Report of the Bombay Veterinary College
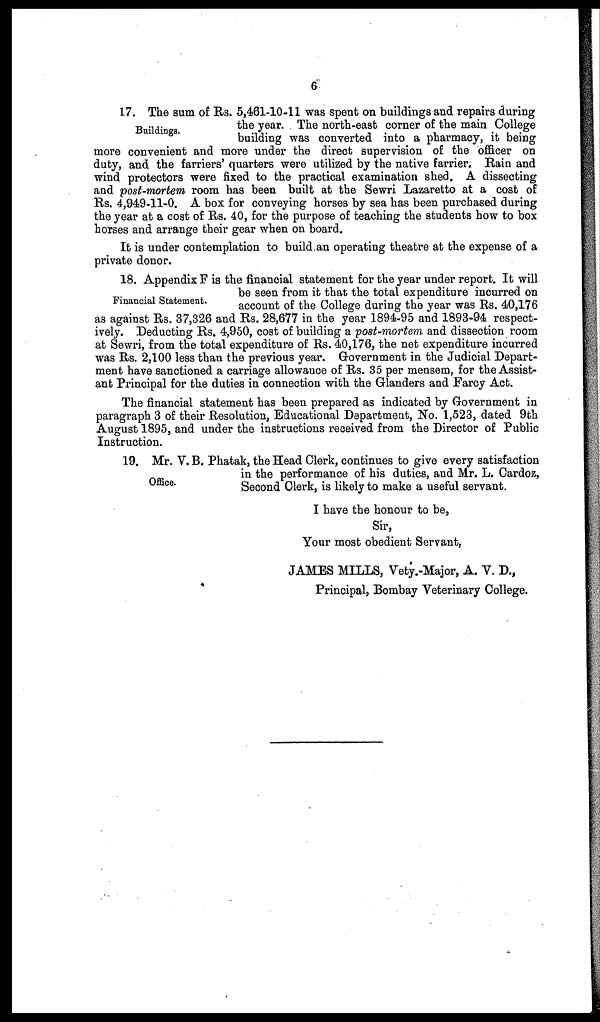
6
Buildings.
17. The sum of Rs. 5,461-10-11 was spent on buildings and repairs during
the year. The north-east corner of the main College
building was converted into a pharmacy, it being
more convenient and more under the direct supervision of the officer on
duty, and the farriers' quarters were utilized by the native farrier. Rain and
wind protectors were fixed to the practical examination shed. A dissecting
and post-mortem room has been built at the Sewri Lazaretto at a cost of
Rs. 4,949-11-0. A box for conveying horses by sea has been purchased during
the year at a cost of Rs. 40, for the purpose of teaching the students how to box
horses and arrange their gear when on board.
It is under contemplation to build an operating theatre at the expense of a
private donor.
Financial Statement.
18. Appendix F is the financial statement for the year under report. It will
be seen from it that the total expenditure incurred on
account of the College during the year was Rs. 40,176
as against Rs. 37,326 and Rs. 28,677 in the year 1894-95 and 1893-94 respect-
ively. Deducting Rs. 4,950, cost of building a post-mortem and dissection room
at Sewri, from the total expenditure of Rs. 40,176, the net expenditure incurred
was Rs. 2,100 less than the previous year. Government in the Judicial Depart-
ment have sanctioned a carriage allowance of Rs. 35 per mensem, for the Assist-
ant Principal for the duties in connection with the Glanders and Farcy Act.
The financial statement has been prepared as indicated by Government in
paragraph 3 of their Resolution, Educational Department, No. 1,523, dated 9th
August 1895, and under the instructions received from the Director of Public
Instruction.
Office.
19. Mr. V. B. Phatak, the Head Clerk, continues to give every satisfaction
in the performance of his duties, and Mr. L. Cardoz,
Second Clerk, is likely to make a useful servant.
I have the honour to be,
Sir,
Your most obedient Servant,
JAMES MILLS, Vety.-Major, A. V. D.,
Principal, Bombay Veterinary College.